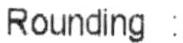
ROUNDING :